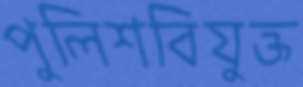
পুলিশবিযুক্ত